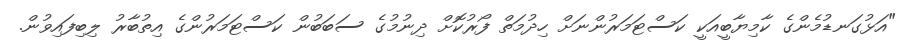
"އަޅުގަނޑުމެންގެ ކާމިޔާބީއަކީ ކަސްޓަމަރުންނަށް ހިދުމަތް ފޯރުކޮށް ދިނުމުގެ ސަބަބުން ކަސްޓަމަރުންގެ އިތުބާރު ލިބިފައިވުން.